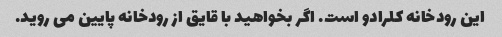
این رودخانه کلرادو است. اگر بخواهید با قایق از رودخانه پایین می روید.